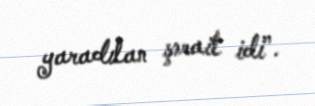
yaradılan şərait idi”.